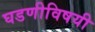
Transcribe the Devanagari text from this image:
घडणीविषयी